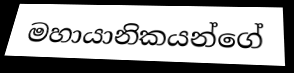
මහායානිකයන්ගේ